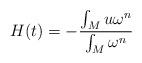
\begin{align*}H(t) = - \frac{\int_M u \omega^n}{\int_M \omega^n}\end{align*}